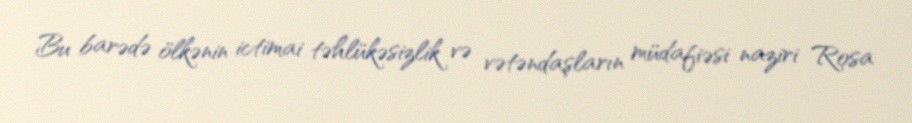
Bu barədə ölkənin ictimai təhlükəsizlik və vətəndaşların müdafiəsi naziri Rosa